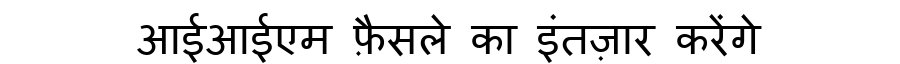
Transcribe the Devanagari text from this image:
आईआईएम फ़ैसले का इंतज़ार करेंगे